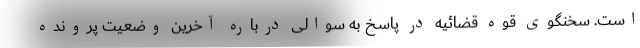
است. سخنگوی قوه قضائیه در پاسخ به سوالی درباره آخرین وضعیت پرونده